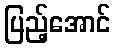
ပြည့်အောင်